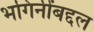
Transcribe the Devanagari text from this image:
भगिनींबद्दल